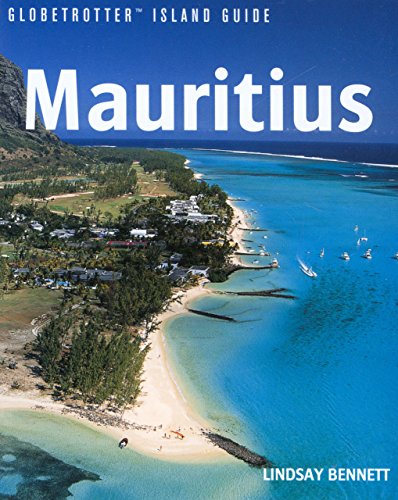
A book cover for Globetrotter Islands Mauritius; Globetrotter; Travel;